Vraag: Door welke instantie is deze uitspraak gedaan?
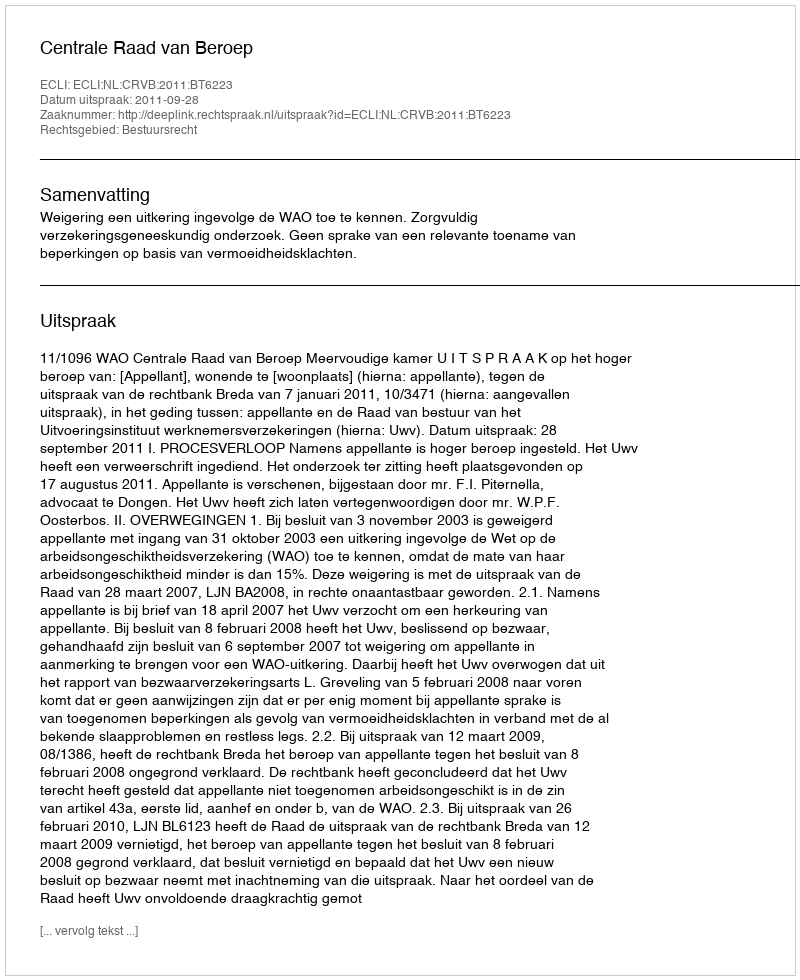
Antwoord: Centrale Raad van Beroep